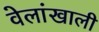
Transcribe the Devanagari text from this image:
वेलांखाली